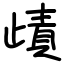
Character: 歵